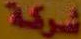
شركة